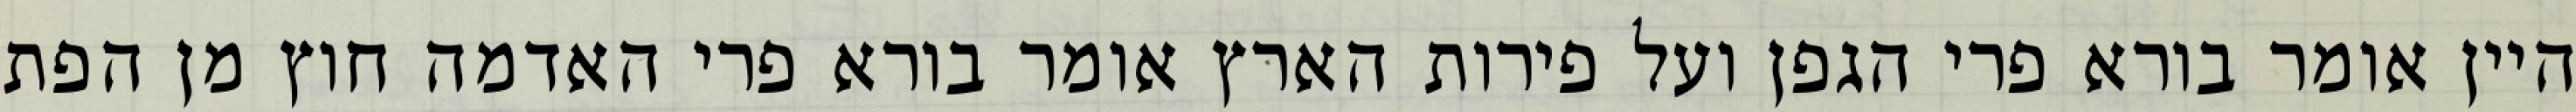
היין אומר בורא פרי הגפן ועל פירות הארץ אומר בורא פרי האדמה חוץ מן הפת